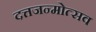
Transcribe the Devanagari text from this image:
दत्तजन्मोत्सव